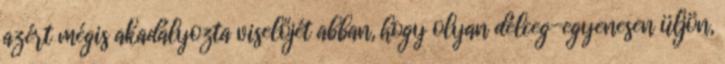
azért mégis akadályozta viselőjét abban, hogy olyan délceg-egyenesen üljön,